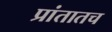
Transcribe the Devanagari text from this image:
प्रांतातच